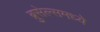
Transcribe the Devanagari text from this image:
ब्रुसेल्समध्ये